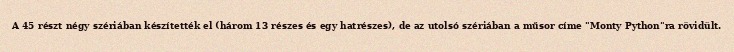
A 45 részt négy szériában készítették el (három 13 részes és egy hatrészes), de az utolsó szériában a műsor címe "Monty Python"ra rövidült.